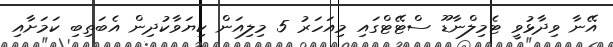
އޭނާ ވިދާޅުވީ ޓެމިލްނާޑޫ ސްޓޭޓްގައި މިއަހަރު 5 މިލިއަން ކިޔަވާކުދިން އެބަތިބި ކަމަށާއި